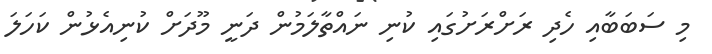
މި ސަބަބާއި ހެދި ރަށްރަށުގައި ކުނި ނައްތާލަމުން ދަނީ މޫދަށް ކުނިއެޅުން ކަހަލަ